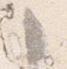
々